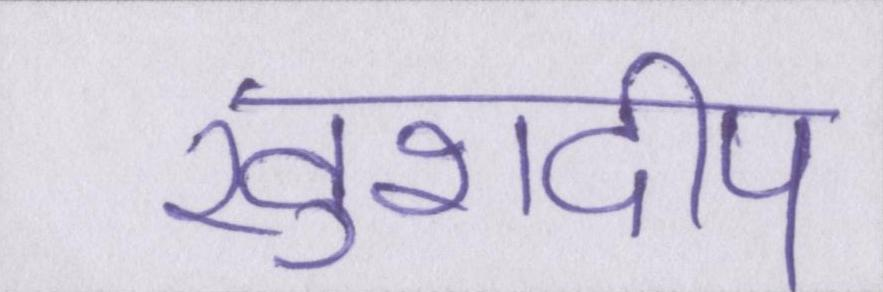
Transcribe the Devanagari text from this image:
खुशदीप